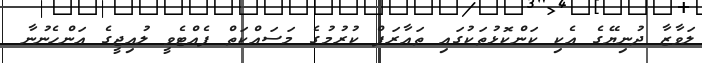
ލަވާޒާ ދުނިޔޭގެ އެކި ކަންކޮޅުތަކުގައި ތަައާރަފް ކުރުމުގެ މަސައްކަތް ފެއްޓެވީ ލުއިޖީގެ އަންހެނުނާ